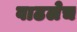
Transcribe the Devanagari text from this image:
वाढलेच